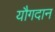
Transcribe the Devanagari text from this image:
यौगदान